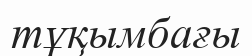
тұқымбағы